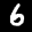
Label: 6